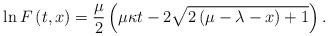
LaTeX: \begin{align*}\ln F\left( t,x\right) =\frac{\mu }{2}\left( \mu \kappa t-2\sqrt{2\left( \mu-\lambda -x\right) +1}\right) .\end{align*}